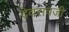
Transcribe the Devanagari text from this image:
देवरावजी